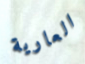
العارية